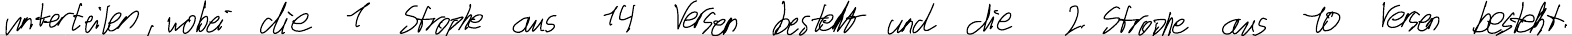
unterteilen, wobei die 1 Strophe aus 14 Versen besteht und die 2 Strophe aus 10 Versen besteht.